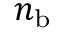
n _ { \mathrm { b } }